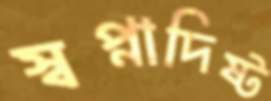
স্বপ্নাদিষ্ট